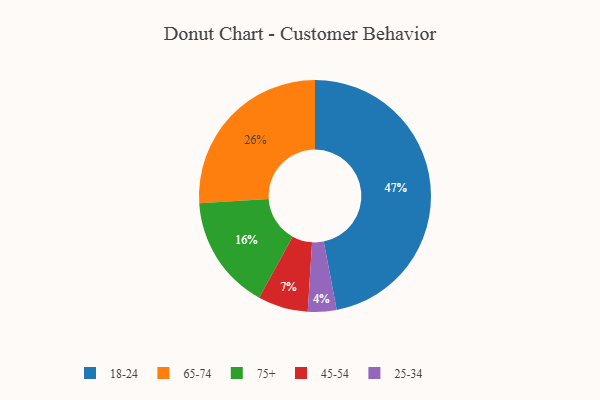
{"axis": {"x": "Category", "y": "Percentage"}, "legend": ["18-24", "25-34", "45-54", "65-74", "75+"], "data": [{"x": "75+", "y": 16, "type": "75+"}, {"x": "18-24", "y": 47, "type": "18-24"}, {"x": "65-74", "y": 26, "type": "65-74"}, {"x": "45-54", "y": 7, "type": "45-54"}, {"x": "25-34", "y": 4, "type": "25-34"}]}